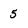
Character: 5